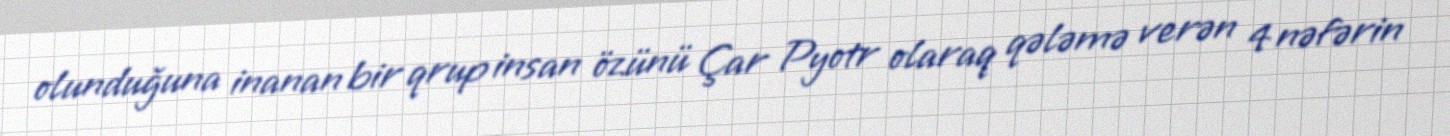
olunduğuna inanan bir qrup insan özünü Çar Pyotr olaraq qələmə verən 4 nəfərin